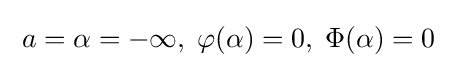
\;a=\alpha =-\infty ,\;\varphi (\alpha )=0,\;\Phi (\alpha )=0